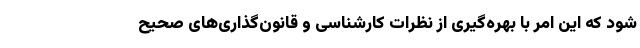
شود که این امر با بهره‌گیری از نظرات کارشناسی و قانون‌گذاری‌های صحیح